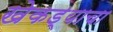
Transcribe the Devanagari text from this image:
खेकड्याचा